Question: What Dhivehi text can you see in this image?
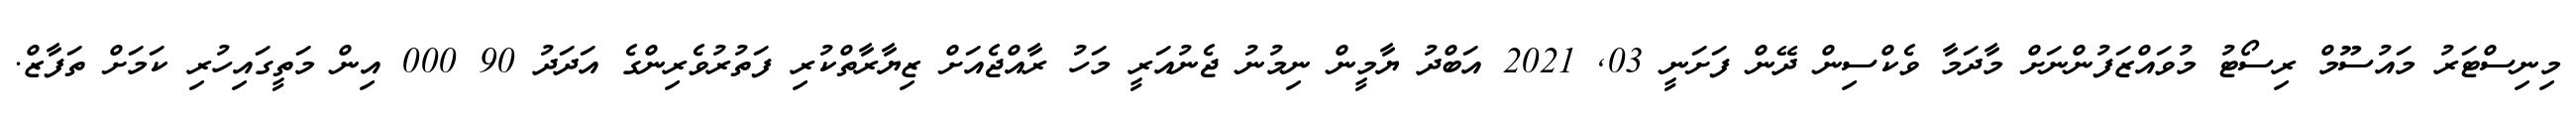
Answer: މިނިސްޓަރު މައުސޫމް ރިސޯޓު މުވައްޒަފުންނަށް މާދަމާ ވެކްސިން ދޭން ފަށަނީ 03, 2021 އަބްދު ޔާމީން ނިމުނު ޖެނުއަރީ މަހު ރާއްޖެއަށް ޒިޔާރާތްކުރި ފަތުރުވެރިންގެ އަދަދު 90 000 އިން މަތީގައިހުރި ކަމަށް ތަފާޒް.